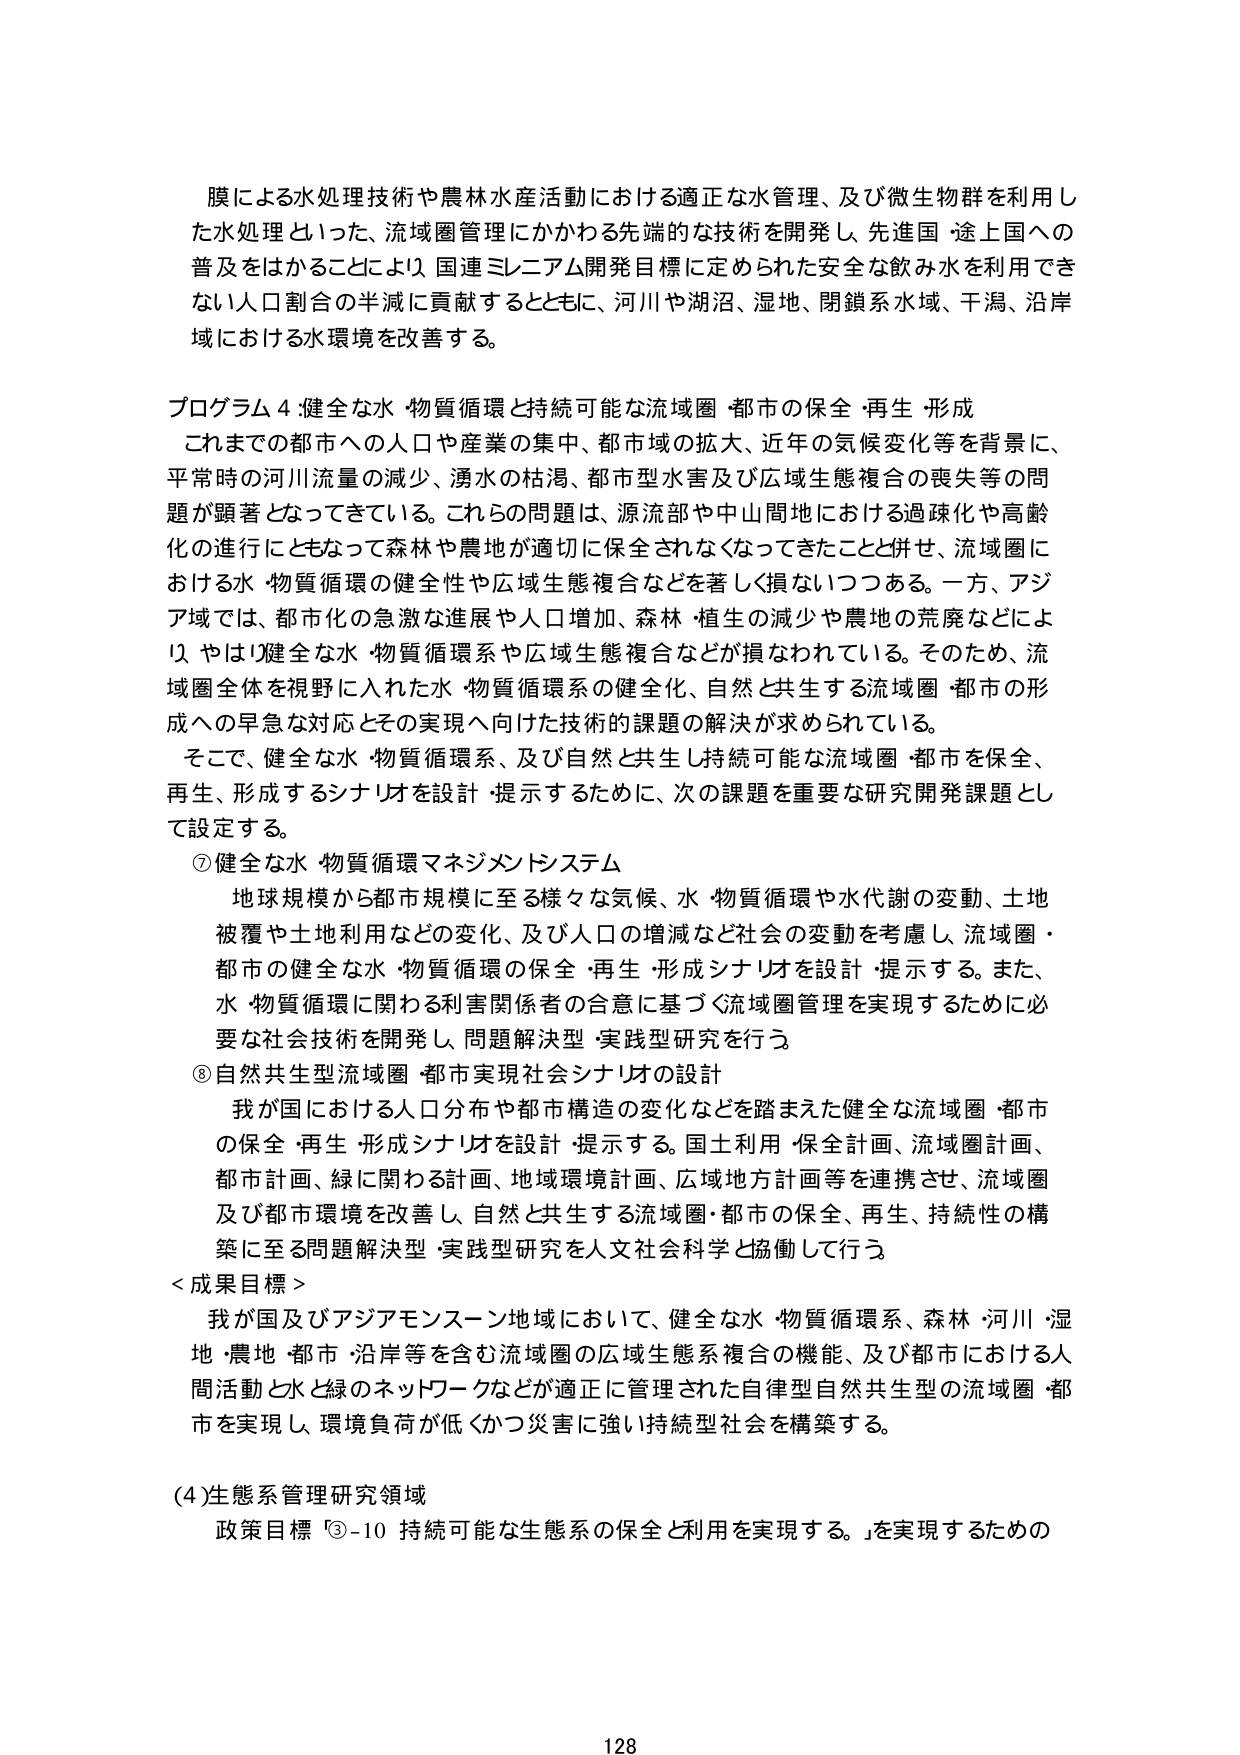
膜による水処理技術や農林水産活動における適正な水管理、及び微生物群を利用した水処理といった、流域圏管理にかかわる先端的な技術を開発し、先進国・途上国への普及をはかることにより、国連ミレニアム開発目標に定められた安全な飲み水を利用できない人口割合の半減に貢献するとともに、河川や湖沼、湿地、閉鎖系水域、干潟、沿岸域における水環境を改善する。

プログラム４：健全な水・物質循環と持続可能な流域圏・都市の保全・再生・形成

これまでの都市への人口や産業の集中、都市域の拡大、近年の気候変化等を背景に、平常時の河川流量の減少、湧水の枯渇、都市型水害及び広域生態複合の喪失等の問題が顕著となってきている。これらの問題は、源流部や中山間地における過疎化や高齢化の進行にともなって森林や農地が適切に保全されなくなってきたことと併せ、流域圏における水・物質循環の健全性や広域生態複合などを著しく損ないつつある。一方、アジア域では、都市化の急激な進展や人口増加、森林・植生の減少や農地の荒廃などにより、やはり健全な水・物質循環系や広域生態複合などが損なわれている。そのため、流域圏全体を視野に入れた水・物質循環系の健全化、自然と共生する流域圏・都市の形成への早急な対応とその実現へ向けた技術的課題の解決が求められている。

そこで、健全な水・物質循環系、及び自然と共生し持続可能な流域圏・都市を保全、再生、形成するシナリオを設計・提示するために、次の課題を重要な研究開発課題として設定する。

⑦ 健全な水・物質循環マネジメントシステム

地球規模から都市規模に至る様々な気候、水・物質循環や水代謝の変動、土地被覆や土地利用などの変化、及び人口の増減など社会の変動を考慮し、流域圏・都市の健全な水・物質循環の保全・再生・形成シナリオを設計・提示する。また、水・物質循環に関わる利害関係者の合意に基づく流域圏管理を実現するために必要な社会技術を開発し、問題解決型・実践型研究を行う。

⑧ 自然共生型流域圏・都市実現社会シナリオの設計

我が国における人口分布や都市構造の変化などを踏まえた健全な流域圏・都市の保全・再生・形成シナリオを設計・提示する。国土利用・保全計画、流域圏計画、都市計画、緑に関わる計画、地域環境計画、広域地方計画等を連携させ、流域圏及び都市環境を改善し、自然と共生する流域圏・都市の保全、再生、持続性の構築に至る問題解決型・実践型研究を人文社会科学と協働して行う。

＜成果目標＞

我が国及びアジアモンスーン地域において、健全な水・物質循環系、森林・河川・湿地・農地・都市・沿岸等を含む流域圏の広域生態系複合の機能、及び都市における人間活動と水と緑のネットワークなどが適正に管理された自律型自然共生型の流域圏・都市を実現し、環境負荷が低くかつ災害に強い持続型社会を構築する。

(4) 生態系管理研究領域

政策目標「③-10 持続可能な生態系の保全と利用を実現する。」を実現するための

128